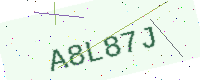
Text: A8L87J